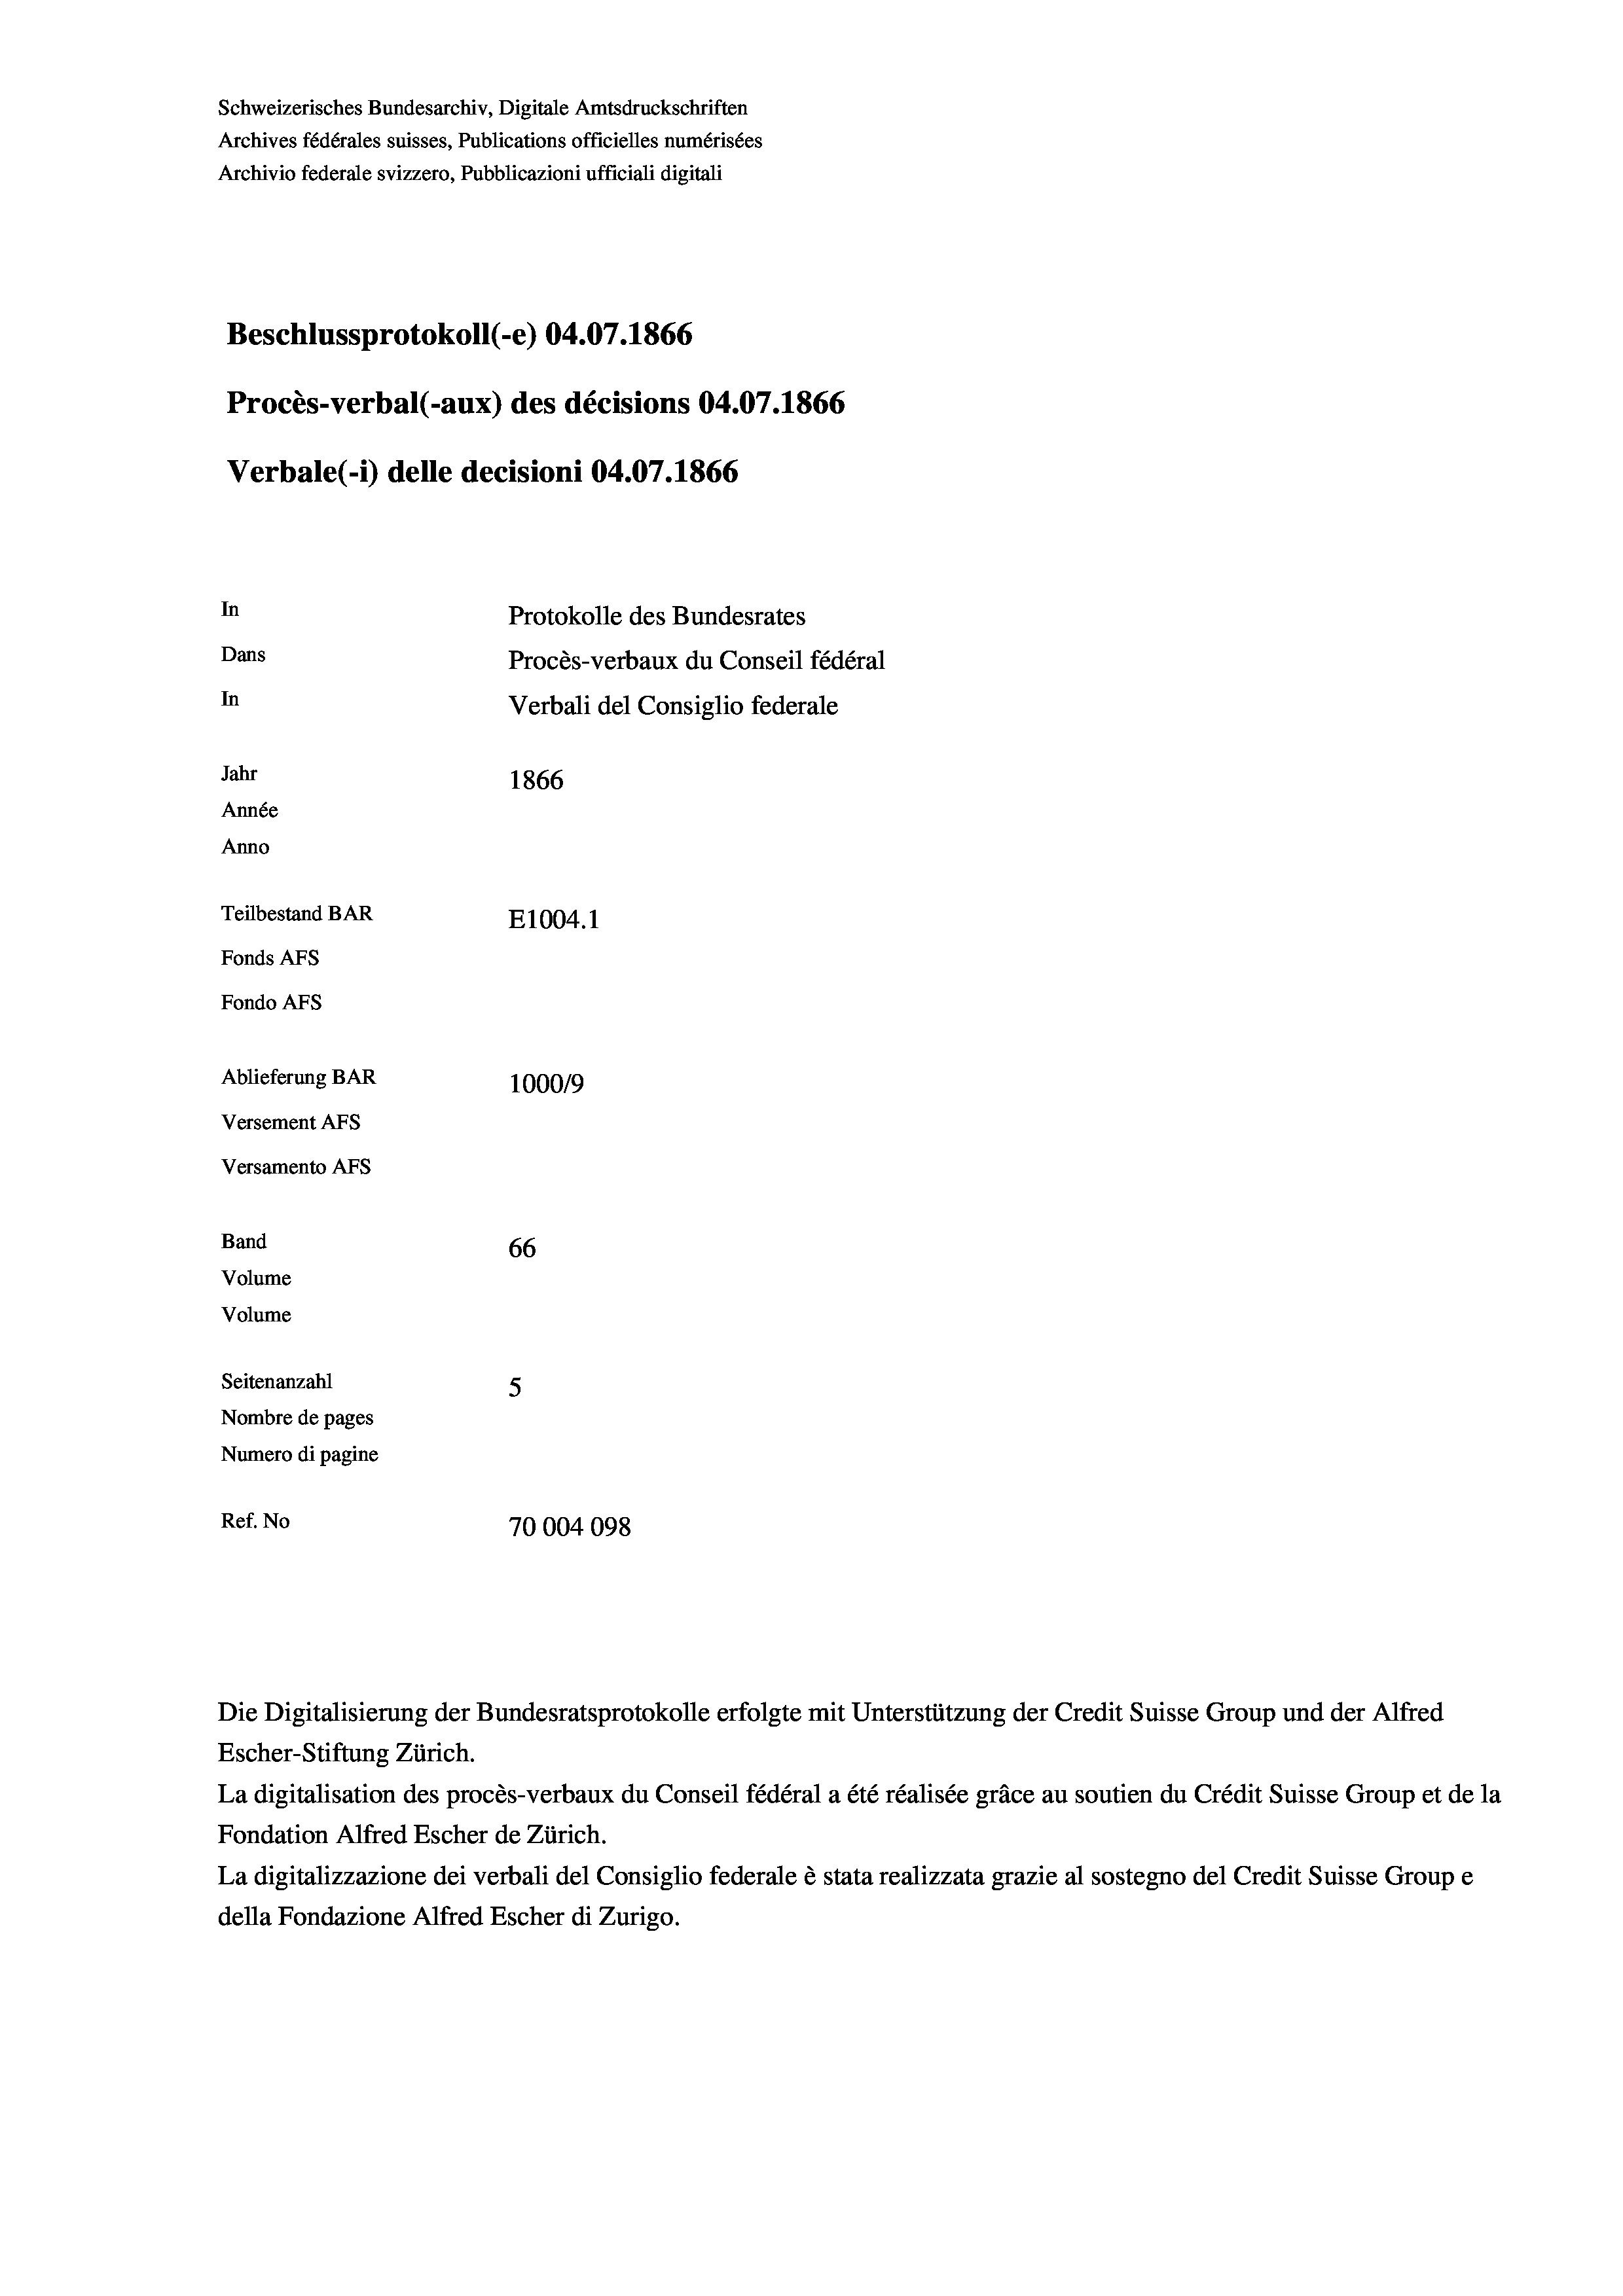
Schweizerisches Bundesarchiv, Digitale Amtsdruckschriften
Archives fédérales suisses, Publications officielles numérisées
Archivio federale svizzero, Pubblicazioni ufficiali digitali
Beschlussprotokoll (-e) 04.07. 1866
Procès-verbal (-aux) des décisions 04.07.1866
Verbale (i) delle decisioni 04.07. 1866
In
Protokolle des Bundesrates
Dans
Procès-verbaux du Conseil fédéral
In
Verbali del Consiglio federale
Jahr
1866
Année
Anno
Teilbestand BAR
E1004.1
Fonds Afs
Fondo AFs
Ablieferung BAR
100019
Versement Abs
Versamento Afs
Band
66
Volume
Volume

Seitenanzahl
5
Nombre de pages
Numero di pagine
Ref. No
70004098

Escher-Stiftung Zürich.
La digitalisation des procès-verbaux du Conseil fédéral a été réalisée gräce au soutien du Crédit Suisse Group et de la
Fondation Alfred Escher de Zürich.
La digitalizzazione dei verbali del Consiglio federale è stata realizzata grazie al sostegno del Credit Suisse Groupe
della Fondazione Alfred Escher di Zurigo.

Die Digitalisierung der Bundesratsprotokolle erfolgte mit Unterstützung der Credit Suisse Group und der Alfred